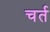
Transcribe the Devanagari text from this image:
चर्त